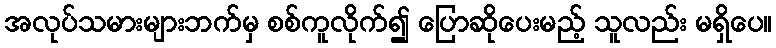
အလုပ်သမားများဘက်မှ စစ်ကူလိုက်၍ ပြောဆိုပေးမည့် သူလည်း မရှိပေ။